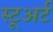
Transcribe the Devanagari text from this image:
स्टूअर्ट